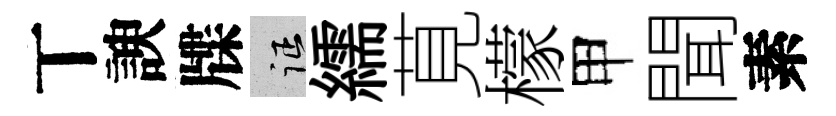
丅諛牒征繻莧檬甲聞素